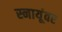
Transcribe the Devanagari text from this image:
स्नायूंवर